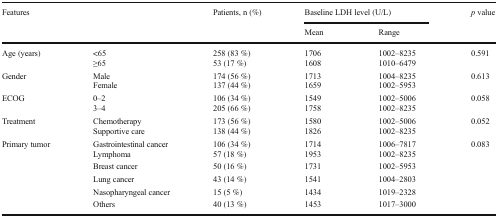
| <ROWSPAN=2-COLSPAN=2> Features | <ROWSPAN=2> Patients, n (%) | <COLSPAN=2> Baseline LDH level (U/L) | <ROWSPAN=2> p value |
 | Mean | Range |
 | --- | --- | --- | --- | --- | --- |
 | <ROWSPAN=2> Age (years) | <65 | 258 (83 %) | 1706 | 1002–8235 | <ROWSPAN=2> 0.591 |
 | ≥65 | 53 (17 %) | 1608 | 1010–6479 |
 | <ROWSPAN=2> Gender | Male | 174 (56 %) | 1713 | 1004–8235 | <ROWSPAN=2> 0.613 |
 | Female | 137 (44 %) | 1659 | 1002–5953 |
 | <ROWSPAN=2> ECOG | 0–2 | 106 (34 %) | 1549 | 1002–5006 | <ROWSPAN=2> 0.058 |
 | 3–4 | 205 (66 %) | 1758 | 1002–8235 |
 | <ROWSPAN=2> Treatment | Chemotherapy | 173 (56 %) | 1580 | 1002–5006 | <ROWSPAN=2> 0.052 |
 | Supportive care | 138 (44 %) | 1826 | 1002–8235 |
 | <ROWSPAN=6> Primary tumor | Gastrointestinal cancer | 106 (34 %) | 1714 | 1006–7817 | <ROWSPAN=6> 0.083 |
 | Lymphoma | 57 (18 %) | 1953 | 1002–8235 |
 | Breast cancer | 50 (16 %) | 1731 | 1002–5953 |
 | Lung cancer | 43 (14 %) | 1541 | 1004–2803 |
 | Nasopharyngeal cancer | 15 (5 %) | 1434 | 1019–2328 |
 | Others | 40 (13 %) | 1453 | 1017–3000 |